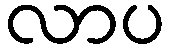
လာပ